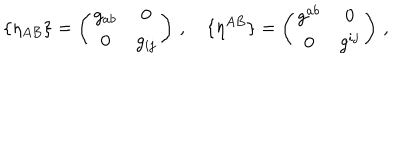
\{ \eta _ { A B } \} = \left( \begin{array} { c c } { { g _ { a b } } } & { { 0 } } \\ { { 0 } } & { { g _ { i j } } } \\ \end{array} \right) \, , \quad \{ \eta ^ { A B } \} = \left( \begin{array} { c c } { { g ^ { a b } } } & { { 0 } } \\ { { 0 } } & { { g ^ { i j } } } \\ \end{array} \right) \, ,